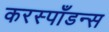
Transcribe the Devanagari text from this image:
करस्‍पाँडन्स